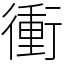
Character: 衝